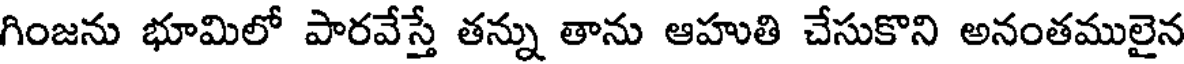
గింజను భూమిలో పారవేస్తే తన్ను తాను ఆహుతి చేసుకొని అనంతములైన